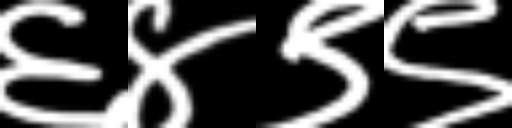
Text: ६४९९